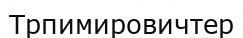
Трпимировичтер